Code of medical and sanitary regulations for the guidance of medical officers serving in the Madras Presidency - Volume II
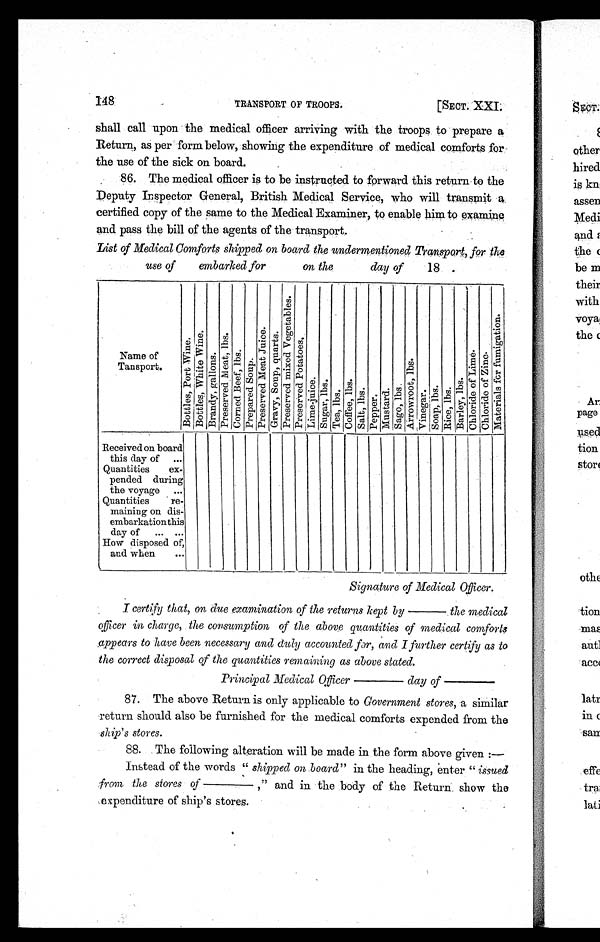
148
[SECT. XXI.
'TRANSPORT OF TROOPS.
shall call upon the medical officer arriving with the troops to prepare a
Return, as per form below, showing the expenditure of medical comforts for
the use of the sick on board.
86. The medical officer is to be instructed to forward this return to the
Deputy Inspector General, British Medical Service, who will transmit
a certified copy of the same to the Medical Examiner, to enable him to examine
and pass the bill of the agents of the transport.
List ofMedical Comforts shipped on board the undermentioned Transport, for the
use of
embarked for
on the
day of
18.
N a m e o f T a n s p o r t .
B o t t l e s , P o r t W i n e .
B o t t l e s , W h i t e W i n e .
B r a n d y , g a l l o n s .
P r e s e r v e d M e a t , l b s .
C o r n e d B e e f , l b s . P r e p a r e d S o u p .
P r e s e r v e d M e a t J u i c e .
G r a v y , S o u p , q u a r t s .
P r e s e r v e d , m i x e d V e g e t a b l e s .
P r e s e r v e d , P o t a t o e s . L i m e - j u i c e . S u g e r , l b s .
T e a , l b s .
C o f e e , l b s . S a l t , l b s .
P e p p e r ,
M u s t a r d . S a g o , l b s .
A r r o w r o o t , l b s .
V i n e g a r .
S o a p , l b s . R i c e , l b s . B a r l e y , l b s .
C h l o r i d e o f L i m e .
C h l o r i d e o f Z i n c .
M a t e r i a l s f o r f u m i g a t i o n .
Received on board
this day of...
Quantities ex-
pended during
the voyage ...
Quantities re-
maining on dis-
embarkation this
day of... ...
How disposed of,
and when ...
Signature of Medical Officer.
I certify that, on due examination of the returns kept by
the medical
officer in charge, the consumption of the above quantities of medical comforts
appears to have been necessary and duly accounted for, and I further certify as to
the correct disposal of the quantities remaining as above stated.
Principal Medical Officer
day of
87. The above Return is only applicable to Government stores, a similar
return should also be furnished for the medical comforts expended from the
ship's stores.
88. The following alteration will be made in the form above given:—
Instead of the words " shipped on board" in the heading, enter" issued
from the stores of
,"and in the body of the Return, show the
expenditure of ship's stores.